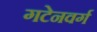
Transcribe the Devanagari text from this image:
गटेनवर्ग